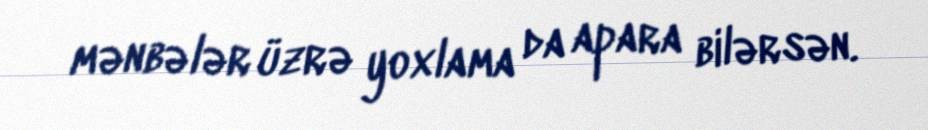
mənbələr üzrə yoxlama da apara bilərsən.